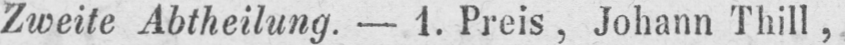
Zweite Abtheilung. - 1. Preis, Johann Thill,